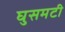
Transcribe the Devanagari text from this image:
घुसमटी